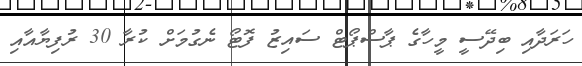
ހަރަދާއި ބިދޭސީ މީހާގެ ޕާސްޕޯޓް ސައިޒު ފޮޓޯ ނެގުމަށް ކުރާ 30 ރުފިޔާއާއި